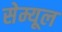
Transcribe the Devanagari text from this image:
सेम्यूल